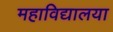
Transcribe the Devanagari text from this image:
महाविद्यालया